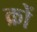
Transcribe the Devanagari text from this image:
क्रों